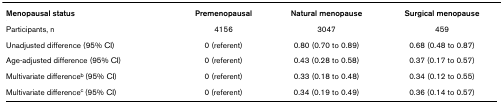
| Menopausal status | Premenopausal | Natural menopause | Surgical menopause |
 | --- | --- | --- | --- |
 | Participants, n | 4156 | 3047 | 459 |
 | Unadjusted difference (95% CI) | 0 (referent) | 0.80 (0.70 to 0.89) | 0.68 (0.48 to 0.87) |
 | Age-adjusted difference (95% CI) | 0 (referent) | 0.43 (0.28 to 0.58) | 0.37 (0.17 to 0.57) |
 | Multivariate differenceb (95% CI) | 0 (referent) | 0.33 (0.18 to 0.48) | 0.34 (0.12 to 0.55) |
 | Multivariate differencec (95% CI) | 0 (referent) | 0.34 (0.19 to 0.49) | 0.36 (0.14 to 0.57) |